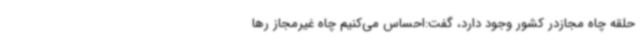
حلقه چاه مجازدر کشور وجود دارد، گفت:احساس می‌کنیم چاه غیرمجاز رها